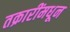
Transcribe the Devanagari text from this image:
तक्रारींमधून